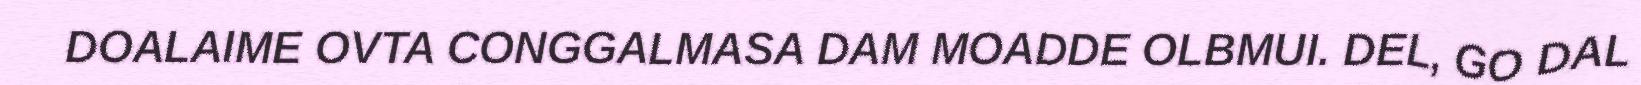
DOALAIME OVTA CONGGALMASA DAM MOADDE OLBMUI. DEL, GO DAL